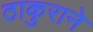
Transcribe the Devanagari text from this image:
ठाकुराने